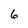
Character: 6